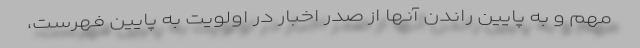
مهم و به پایین راندن آنها از صدر اخبار در اولویت به پایین فهرست،